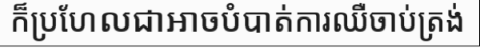
ក៏ប្រហែលជាអាចបំបាត់ការឈឺចាប់ត្រង់